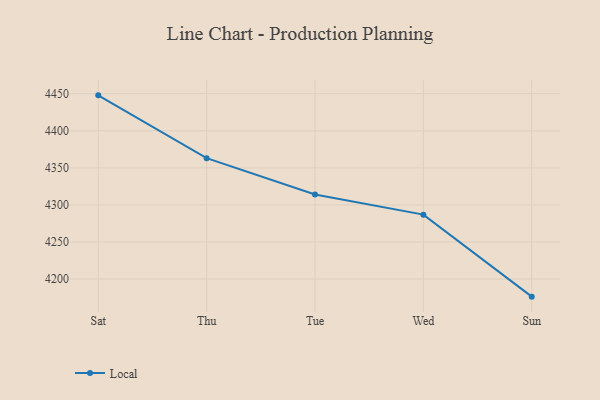
{"axis": {"x": "Day", "y": "Operating Costs (USD K)"}, "legend": ["Local"], "data": [{"x": "Sat", "y": 4447.9, "type": "Local"}, {"x": "Thu", "y": 4363.1, "type": "Local"}, {"x": "Tue", "y": 4314.2, "type": "Local"}, {"x": "Wed", "y": 4286.9, "type": "Local"}, {"x": "Sun", "y": 4176.2, "type": "Local"}]}